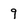
Character: 9